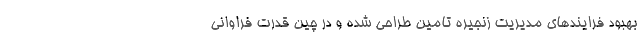
بهبود فرایندهای مدیریت زنجیره تامین طراحی شده و در چین قدرت فراوانی